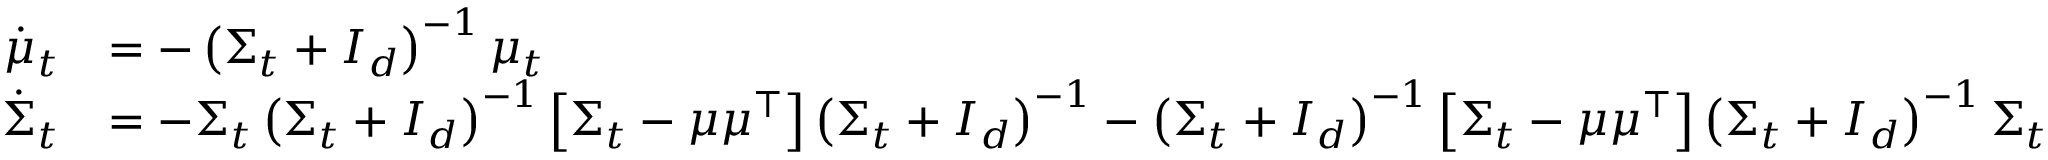
\begin{array} { r l } { \dot { \mu } _ { t } } & { = - \left( \Sigma _ { t } + I _ { d } \right) ^ { - 1 } \mu _ { t } } \\ { \dot { \Sigma } _ { t } } & { = - \Sigma _ { t } \left( \Sigma _ { t } + I _ { d } \right) ^ { - 1 } \left[ \Sigma _ { t } - \mu \mu ^ { \top } \right] \left( \Sigma _ { t } + I _ { d } \right) ^ { - 1 } - \left( \Sigma _ { t } + I _ { d } \right) ^ { - 1 } \left[ \Sigma _ { t } - \mu \mu ^ { \top } \right] \left( \Sigma _ { t } + I _ { d } \right) ^ { - 1 } \Sigma _ { t } } \end{array}